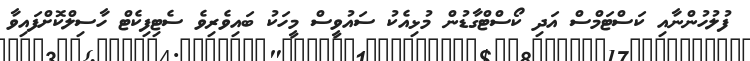
ފުލުހުންނާއި ކަސްޓަމްސް އަދި ކޯސްޓްގާޑުން މުޅިއެކު ސައުވީސް މީހަކު ބައިވެރިވެ ސެޓިފިކެޓް ހާސިލްކޮށްފައިވާ